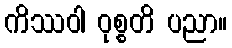
ကိဿဝါ ဝုစ္စတိ ပညာ။